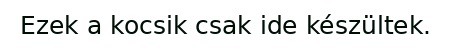
Ezek a kocsik csak ide készültek.